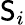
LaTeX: \mathsf{S}_{i}